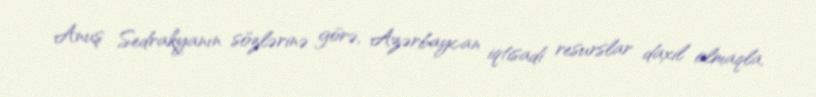
Anuş Sedrakyanın sözlərinə görə, Azərbaycan iqtisadi resurslar daxil olmaqla,